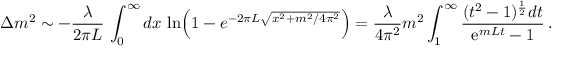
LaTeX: \Delta m ^ { 2 } \sim - \frac { \lambda } { 2 \pi L } \, \int _ { 0 } ^ { \infty } d x \, \ln \Bigl ( 1 - e ^ { - 2 \pi L \sqrt { x ^ { 2 } + m ^ { 2 } / 4 \pi ^ { 2 } } } \Bigr ) = \frac { \lambda } { 4 \pi ^ { 2 } } m ^ { 2 } \int _ { 1 } ^ { \infty } { \frac { ( t ^ { 2 } - 1 ) ^ { { \frac { 1 } { 2 } } } d t } { \mathrm { e } ^ { m L t } - 1 } } \, .